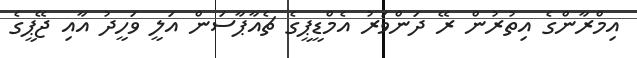
އިމްރާންގެ އިތުރުން ރޭ ދަންވަރު އެމްޑީޕީގެ ޗެއާޕާސަން އަލީ ވަހީދު އާއި ޖޭޕީގެ